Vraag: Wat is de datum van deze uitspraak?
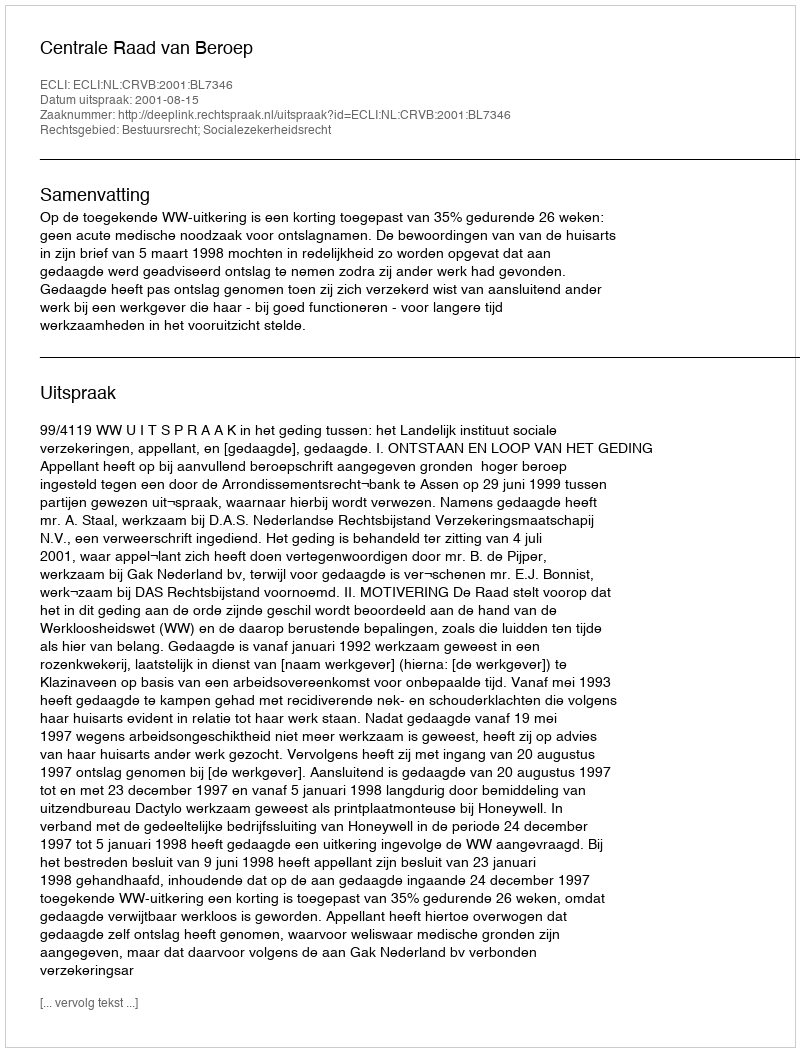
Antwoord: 2001-08-15